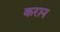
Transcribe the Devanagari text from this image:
करान